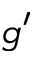
g ^ { \prime }